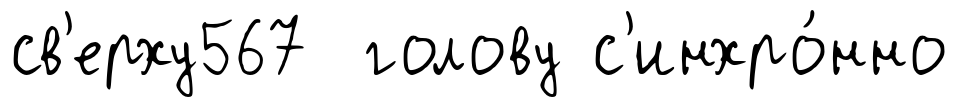
св'ерху567 голову с'инхро́нно